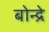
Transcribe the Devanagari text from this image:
बोन्द्रे